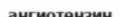
ангиотензин